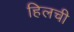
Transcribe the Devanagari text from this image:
हिलची